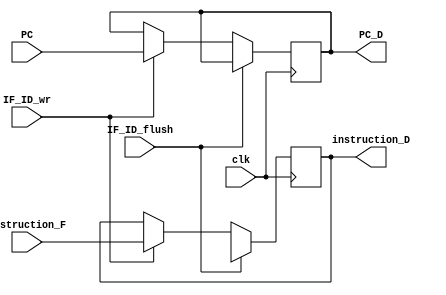
module IF_ID(clk, instruction_F, PC, 
                  instruction_D, PC_D, IF_ID_wr, IF_ID_flush);
    input clk, IF_ID_wr, IF_ID_flush;
    input [31: 0] instruction_F, PC;

    output reg [31: 0] PC_D;
    output reg [31: 0] instruction_D;

    always @(posedge clk ) begin
        if(IF_ID_flush) begin
            instruction_D <= 32'bx;
            // PC_D <= 32'bx;
        end
        else if(IF_ID_wr) begin  //IF_ID
            instruction_D <= instruction_F;
            PC_D <= PC;
        end
    end
endmodule